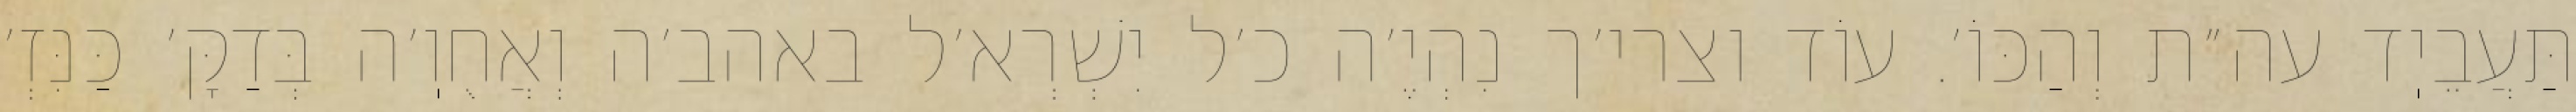
תַּעֲבֵיֽד עה״ת וְהַכּוֹ׳. עוֹד וצרי׳ך נִהְיֶ׳ה כ׳ל יִשְׁרְא׳ל באהב׳ה וְאֲחֻוֽ׳ה בְּדַקָּ׳ כַּנִּזְ׳